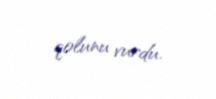
qolunu vurdu.